Report on the working of the mental hospitals for Indians in Bihar and Orissa - 1925-1929
Year: 1925
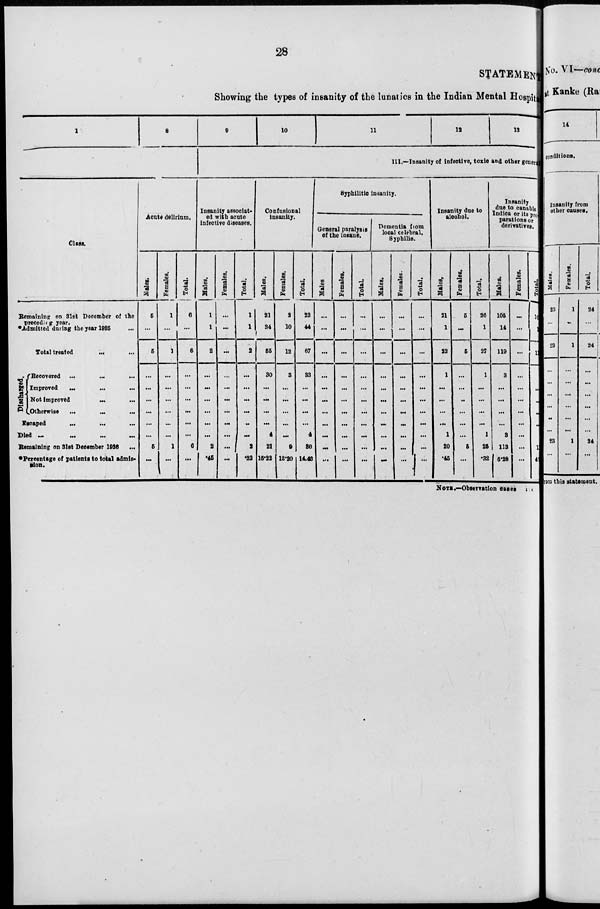
28
STATEMENT
Showing the types of insanity of the lunatics in the Indian Mental Hospital
1
8
Class.
Remaining on 31st December of the
preceding
year.
*Admitted during the year 1925 ...
Total treated ... ...
Discharged.
Recovered
...
...
...
Improved
...
...
...
Not improved
...
...
Otherwise
... ... ...
Escaped ... ... ...
Died
...
...
...
...
Remaining on 31st December 1926 ...
*Percentage of patients to total admis-
sion.
Acute delirium.
Males.
5
...
5
...
...
...
...
...
...
5
...
Females.
1
...
1
...
...
...
...
...
...
1
...
Total.
6
...
6
...
...
...
...
...
...
6
...
9
10
11
12
13
III.—Insanity of infective, toxic and other general
Insanity associat-
ed with acute
infective diseases.
Males.
1
1
2
...
...
...
...
...
...
2
.45
Females.
...
...
...
...
...
...
...
...
...
...
...
Total.
1
1
2
...
...
...
...
...
...
2
.32
Confusional
insanity.
Males.
21
34
55
30
...
...
...
...
4
21
15.22
Females.
2
10
12
3
...
...
...
...
...
9
12.20
Total.
23
44
67
33
...
...
...
...
4
30
14.43
Syphilitic insanity.
General paralysis
of the insane.
Males.
...
...
...
...
...
...
...
...
...
...
...
Females.
...
...
...
...
...
...
...
...
...
...
...
Total.
...
...
...
...
...
...
...
...
...
...
...
Dementia from
local celebral,
Syphilis.
Males.
...
...
...
...
...
...
...
...
...
...
...
Females.
...
...
...
...
...
...
...
...
...
...
...
Total.
...
...
...
...
...
...
...
...
...
...
...
Insanity due to
alcohol.
Males.
21
1
22
1
...
...
...
...
1
20
.45
Females.
5
...
5
...
...
...
...
...
...
5
...
Total.
26
1
27
1
...
...
...
...
1
25
.32
Insanity
due to canabis
Indica or its pre-
parations or
derivatives.
Males.
105
14
119
3
...
...
...
...
3
113
6.28
Females.
...
...
...
...
...
...
...
...
...
...
...
Total.
105
14
119
3
...
...
...
...
3
113
4.
NOTE.—Observation cases are